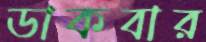
ডাকবার